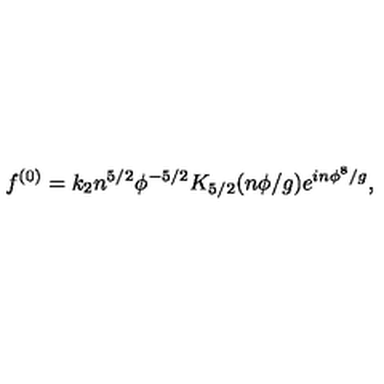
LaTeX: f ^ { ( 0 ) } = k _ { 2 } n ^ { 5 / 2 } \phi ^ { - 5 / 2 } K _ { 5 / 2 } ( n \phi / g ) e ^ { i n \phi ^ { 8 } / g } ,